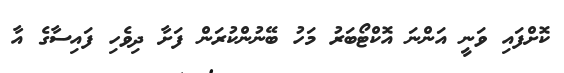
ކޮށްފައި ވަނީ އަންނަ އޮކްޓޯބަރު މަހު ބޭނުންކުރަން ފަށާ ދިވެހި ފައިސާގެ އާ